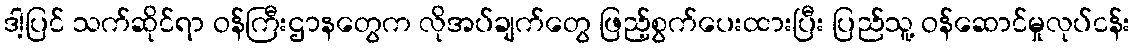
ဒါ့ပြင် သက်ဆိုင်ရာ ဝန်ကြီးဌာနတွေက လိုအပ်ချက်တွေ ဖြည့်စွက်ပေးထားပြီး ပြည်သူ့ ဝန်ဆောင်မှုလုပ်ငန်း